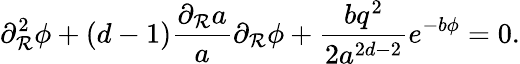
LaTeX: \partial_{\mathcal{R}}^{2}\phi+\left(d-1\right)\frac{{\partial_{\mathcal{R}}a}}{{a}}\partial_{\mathcal{R}}\phi+\frac{{bq^{2}}}{{2a^{2d-2}}}e^{-b\phi}=0.